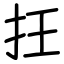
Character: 抂